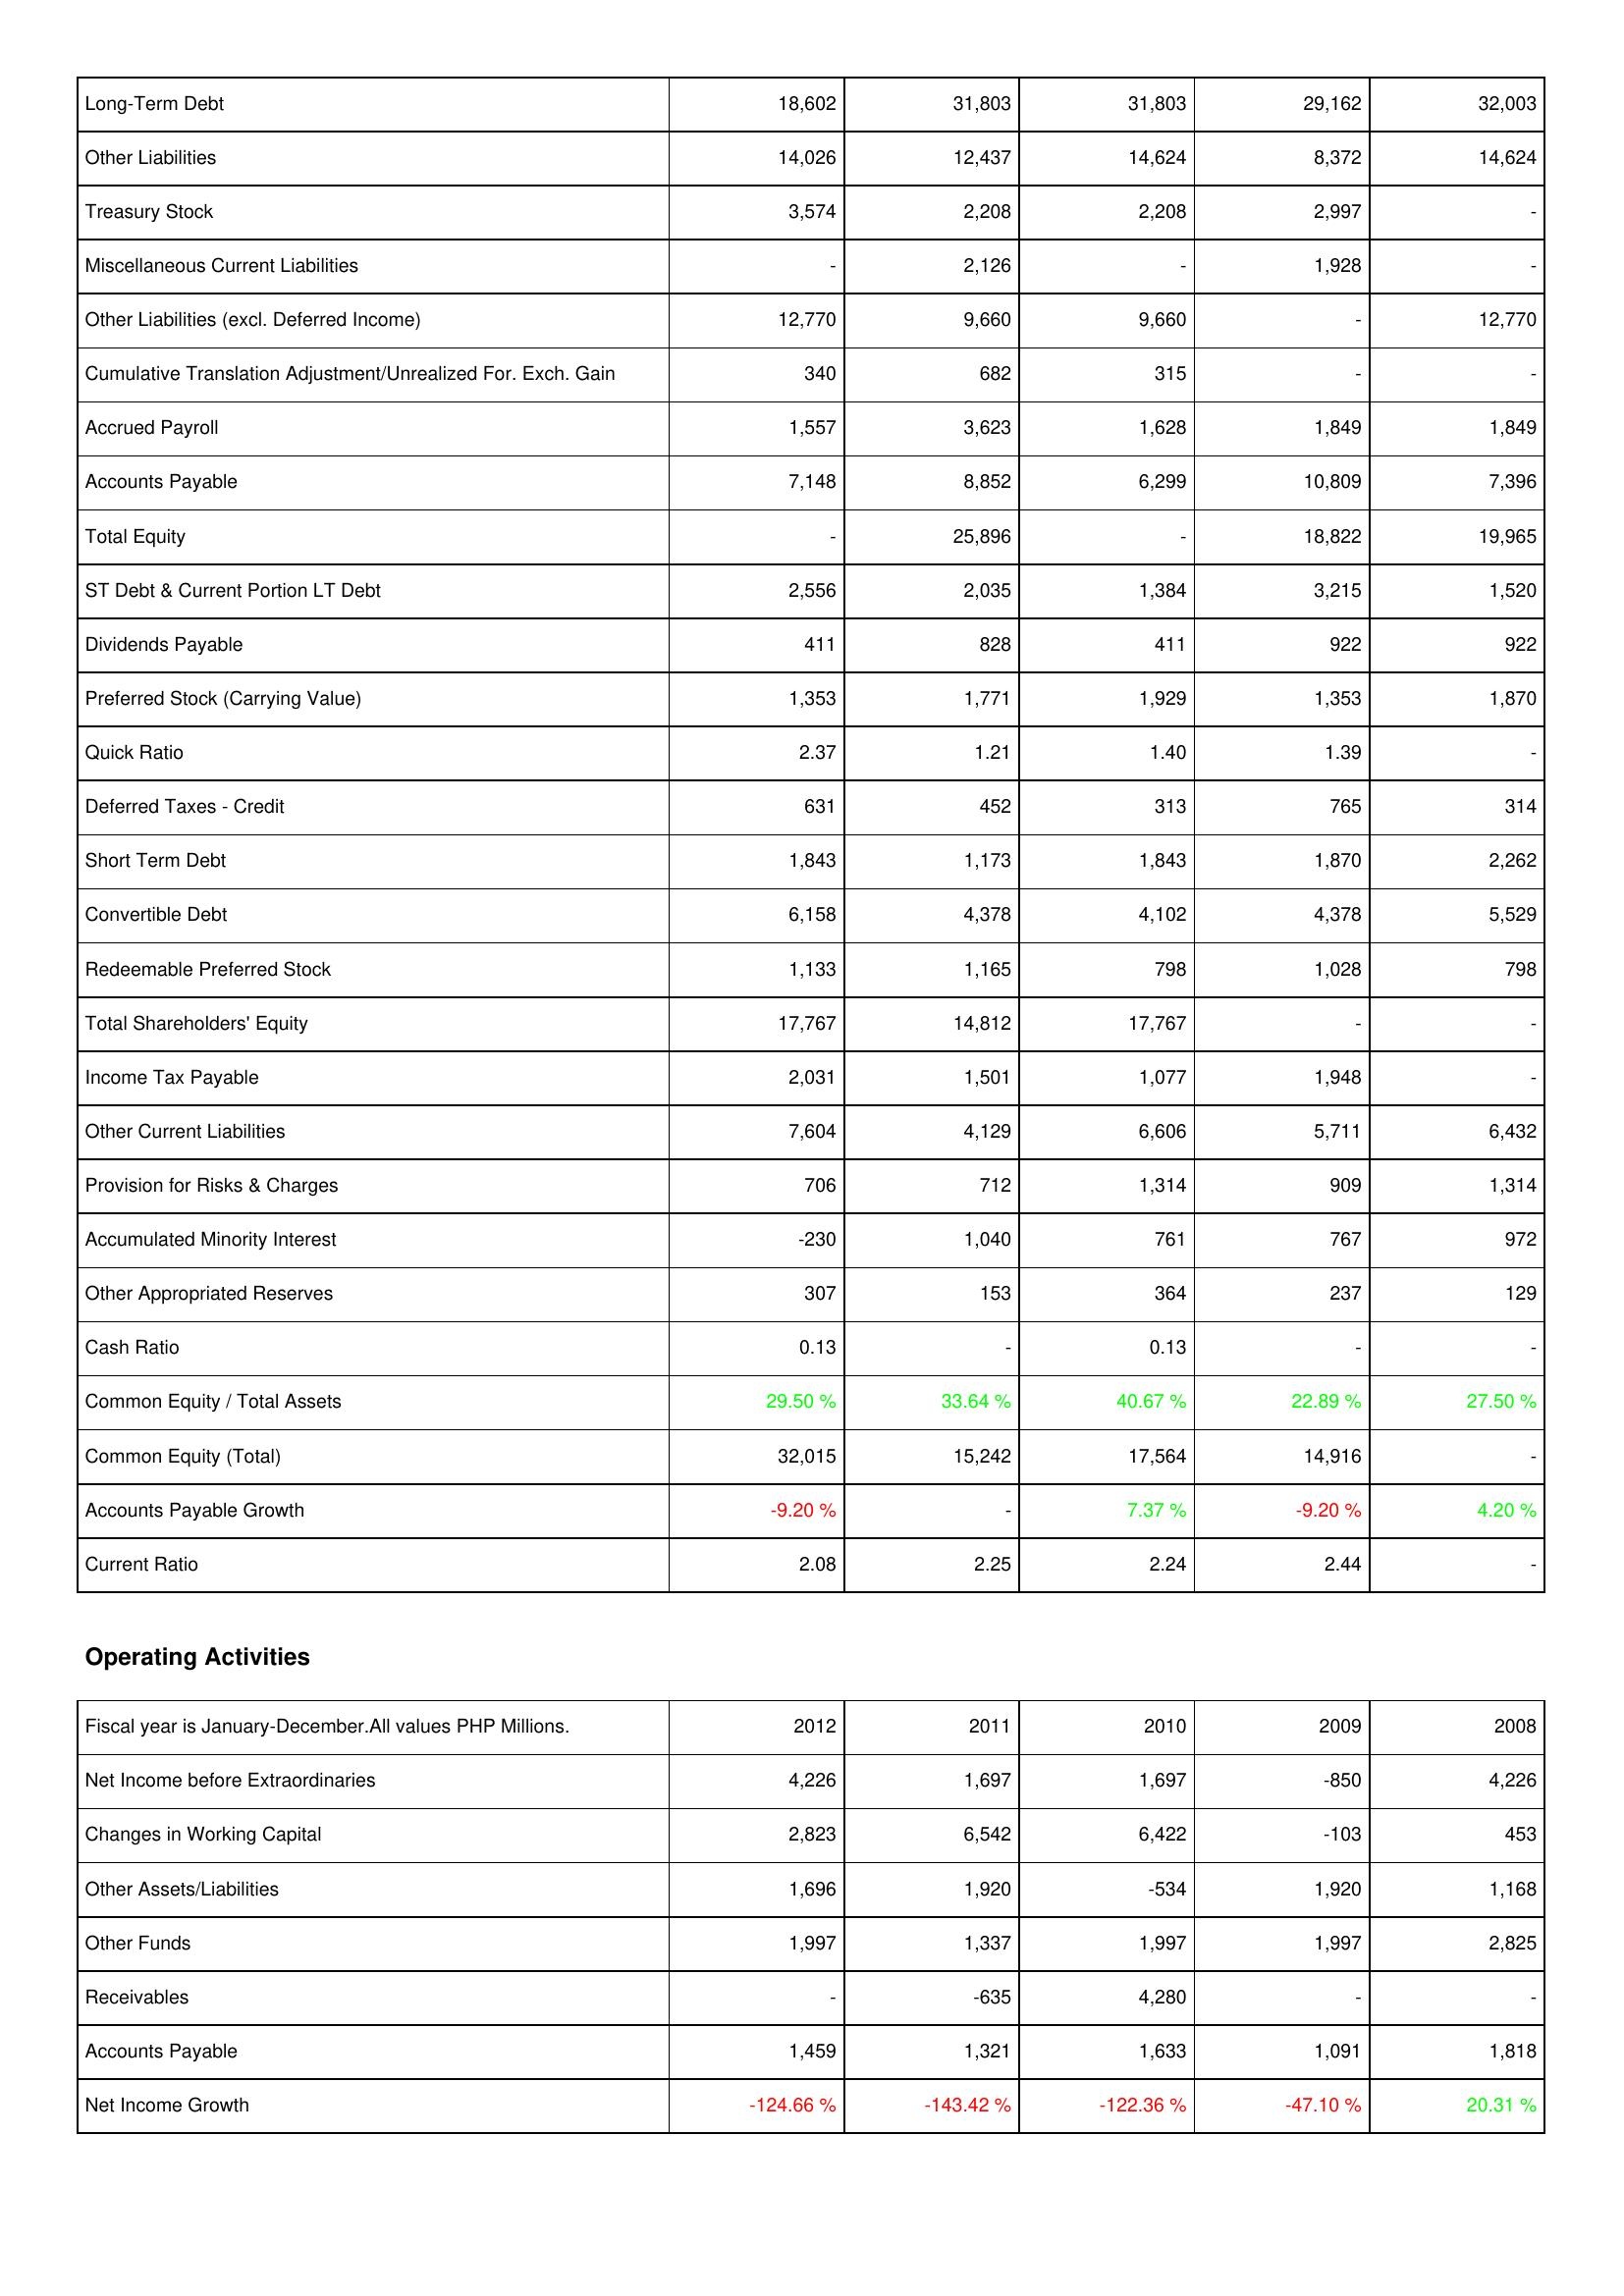
2012: Liabilities & Shareholders' Equity: Long-Term Debt: 18,602
Other Liabilities: 14,026
Treasury Stock: 3,574
Miscellaneous Current Liabilities: -
Other Liabilities (excl. Deferred Income): 12,770
Cumulative Translation Adjustment/Unrealized For. Exch. Gain: 340
Accrued Payroll: 1,557
Accounts Payable: 7,148
Total Equity: -
ST Debt & Current Portion LT Debt: 2,556
Dividends Payable: 411
Preferred Stock (Carrying Value): 1,353
Quick Ratio: 2.37
Deferred Taxes - Credit: 631
Short Term Debt: 1,843
Convertible Debt: 6,158
Redeemable Preferred Stock: 1,133
Total Shareholders' Equity: 17,767
Income Tax Payable: 2,031
Other Current Liabilities: 7,604
Provision for Risks & Charges: 706
Accumulated Minority Interest: -230
Other Appropriated Reserves: 307
Cash Ratio: 0.13
Common Equity / Total Assets: 29.50 %
Common Equity (Total): 32,015
Accounts Payable Growth: -9.20 %
Current Ratio: 2.08
Operating Activities: Net Income before Extraordinaries: 4,226
Changes in Working Capital: 2,823
Other Assets/Liabilities: 1,696
Other Funds: 1,997
Receivables: -
Accounts Payable: 1,459
Net Income Growth: -124.66 %
2011: Liabilities & Shareholders' Equity: Long-Term Debt: 31,803
Other Liabilities: 12,437
Treasury Stock: 2,208
Miscellaneous Current Liabilities: 2,126
Other Liabilities (excl. Deferred Income): 9,660
Cumulative Translation Adjustment/Unrealized For. Exch. Gain: 682
Accrued Payroll: 3,623
Accounts Payable: 8,852
Total Equity: 25,896
ST Debt & Current Portion LT Debt: 2,035
Dividends Payable: 828
Preferred Stock (Carrying Value): 1,771
Quick Ratio: 1.21
Deferred Taxes - Credit: 452
Short Term Debt: 1,173
Convertible Debt: 4,378
Redeemable Preferred Stock: 1,165
Total Shareholders' Equity: 14,812
Income Tax Payable: 1,501
Other Current Liabilities: 4,129
Provision for Risks & Charges: 712
Accumulated Minority Interest: 1,040
Other Appropriated Reserves: 153
Cash Ratio: -
Common Equity / Total Assets: 33.64 %
Common Equity (Total): 15,242
Accounts Payable Growth: -
Current Ratio: 2.25
Operating Activities: Net Income before Extraordinaries: 1,697
Changes in Working Capital: 6,542
Other Assets/Liabilities: 1,920
Other Funds: 1,337
Receivables: -635
Accounts Payable: 1,321
Net Income Growth: -143.42 %
2010: Liabilities & Shareholders' Equity: Long-Term Debt: 31,803
Other Liabilities: 14,624
Treasury Stock: 2,208
Miscellaneous Current Liabilities: -
Other Liabilities (excl. Deferred Income): 9,660
Cumulative Translation Adjustment/Unrealized For. Exch. Gain: 315
Accrued Payroll: 1,628
Accounts Payable: 6,299
Total Equity: -
ST Debt & Current Portion LT Debt: 1,384
Dividends Payable: 411
Preferred Stock (Carrying Value): 1,929
Quick Ratio: 1.40
Deferred Taxes - Credit: 313
Short Term Debt: 1,843
Convertible Debt: 4,102
Redeemable Preferred Stock: 798
Total Shareholders' Equity: 17,767
Income Tax Payable: 1,077
Other Current Liabilities: 6,606
Provision for Risks & Charges: 1,314
Accumulated Minority Interest: 761
Other Appropriated Reserves: 364
Cash Ratio: 0.13
Common Equity / Total Assets: 40.67 %
Common Equity (Total): 17,564
Accounts Payable Growth: 7.37 %
Current Ratio: 2.24
Operating Activities: Net Income before Extraordinaries: 1,697
Changes in Working Capital: 6,422
Other Assets/Liabilities: -534
Other Funds: 1,997
Receivables: 4,280
Accounts Payable: 1,633
Net Income Growth: -122.36 %
2009: Liabilities & Shareholders' Equity: Long-Term Debt: 29,162
Other Liabilities: 8,372
Treasury Stock: 2,997
Miscellaneous Current Liabilities: 1,928
Other Liabilities (excl. Deferred Income): -
Cumulative Translation Adjustment/Unrealized For. Exch. Gain: -
Accrued Payroll: 1,849
Accounts Payable: 10,809
Total Equity: 18,822
ST Debt & Current Portion LT Debt: 3,215
Dividends Payable: 922
Preferred Stock (Carrying Value): 1,353
Quick Ratio: 1.39
Deferred Taxes - Credit: 765
Short Term Debt: 1,870
Convertible Debt: 4,378
Redeemable Preferred Stock: 1,028
Total Shareholders' Equity: -
Income Tax Payable: 1,948
Other Current Liabilities: 5,711
Provision for Risks & Charges: 909
Accumulated Minority Interest: 767
Other Appropriated Reserves: 237
Cash Ratio: -
Common Equity / Total Assets: 22.89 %
Common Equity (Total): 14,916
Accounts Payable Growth: -9.20 %
Current Ratio: 2.44
Operating Activities: Net Income before Extraordinaries: -850
Changes in Working Capital: -103
Other Assets/Liabilities: 1,920
Other Funds: 1,997
Receivables: -
Accounts Payable: 1,091
Net Income Growth: -47.10 %
2008: Liabilities & Shareholders' Equity: Long-Term Debt: 32,003
Other Liabilities: 14,624
Treasury Stock: -
Miscellaneous Current Liabilities: -
Other Liabilities (excl. Deferred Income): 12,770
Cumulative Translation Adjustment/Unrealized For. Exch. Gain: -
Accrued Payroll: 1,849
Accounts Payable: 7,396
Total Equity: 19,965
ST Debt & Current Portion LT Debt: 1,520
Dividends Payable: 922
Preferred Stock (Carrying Value): 1,870
Quick Ratio: -
Deferred Taxes - Credit: 314
Short Term Debt: 2,262
Convertible Debt: 5,529
Redeemable Preferred Stock: 798
Total Shareholders' Equity: -
Income Tax Payable: -
Other Current Liabilities: 6,432
Provision for Risks & Charges: 1,314
Accumulated Minority Interest: 972
Other Appropriated Reserves: 129
Cash Ratio: -
Common Equity / Total Assets: 27.50 %
Common Equity (Total): -
Accounts Payable Growth: 4.20 %
Current Ratio: -
Operating Activities: Net Income before Extraordinaries: 4,226
Changes in Working Capital: 453
Other Assets/Liabilities: 1,168
Other Funds: 2,825
Receivables: -
Accounts Payable: 1,818
Net Income Growth: 20.31 %